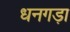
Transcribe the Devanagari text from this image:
धनगड़ा